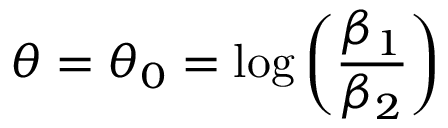
\theta = \theta _ { 0 } = \log { \left( \frac { \beta _ { 1 } } { \beta _ { 2 } } \right) }